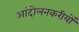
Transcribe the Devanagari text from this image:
आंदोलनकरीयों